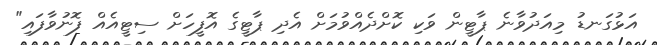
އަޅުގަނޑު މިއަދުވާނެ ޕާޓީން ވަކި ކޮށްދެއްވުމަށް އެދި ޕާޓީގެ އޮފީހަށް ސިޓީއެއް ފޮނުވާފައި"